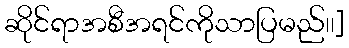
ဆိုင်ရာအစီအရင်ကိုသာပြမည်၊၊]